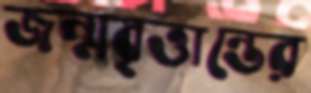
জন্মবৃত্তান্তের